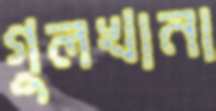
গুলখানা